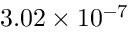
3 . 0 2 \times 1 0 ^ { - 7 }